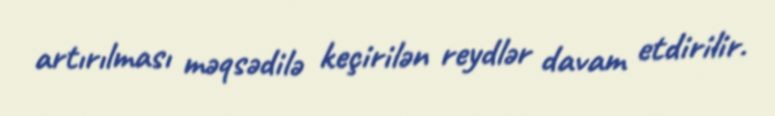
artırılması məqsədilə keçirilən reydlər davam etdirilir.